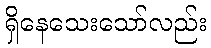
ရှိနေသေးသော်လည်း